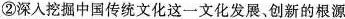
②深入挖掘中国传统文化这一文化发展、创新的根源